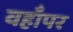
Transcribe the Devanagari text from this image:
वहाँपर